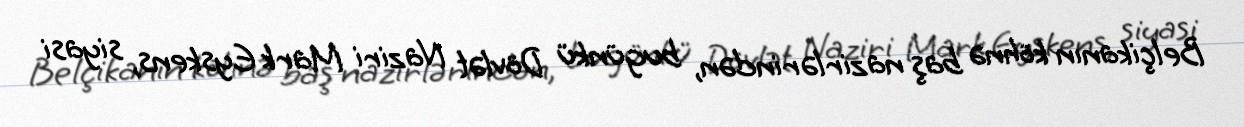
Belçikanın köhnə baş nazirlərindən, bugünkü Dövlət Naziri Mark Eyskens, siyasi